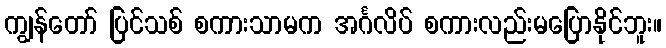
ကျွန်တော် ပြင်သစ် စကားသာမက အင်္ဂလိပ် စကားလည်းမပြောနိုင်ဘူး။